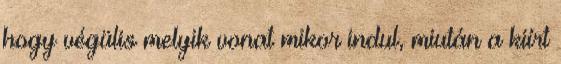
hogy végülis melyik vonat mikor indul, miután a kiírt